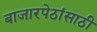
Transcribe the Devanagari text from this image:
बाजारपेठांसाठी